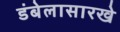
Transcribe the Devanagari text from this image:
डंबेलासारखे